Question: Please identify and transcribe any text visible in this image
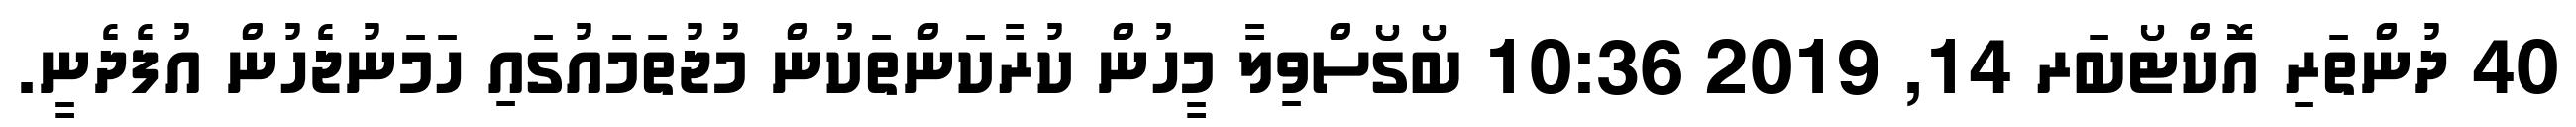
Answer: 40 ދުންތަރި އޮކްޓޯބަރ 14, 2019 10:36 ބޯގޯސްވިލާ މީހުން ކުރާކަންތަކުން މުޖުތަމައުގައި ހަމަނުޖެހުން އުފެދެނީ.